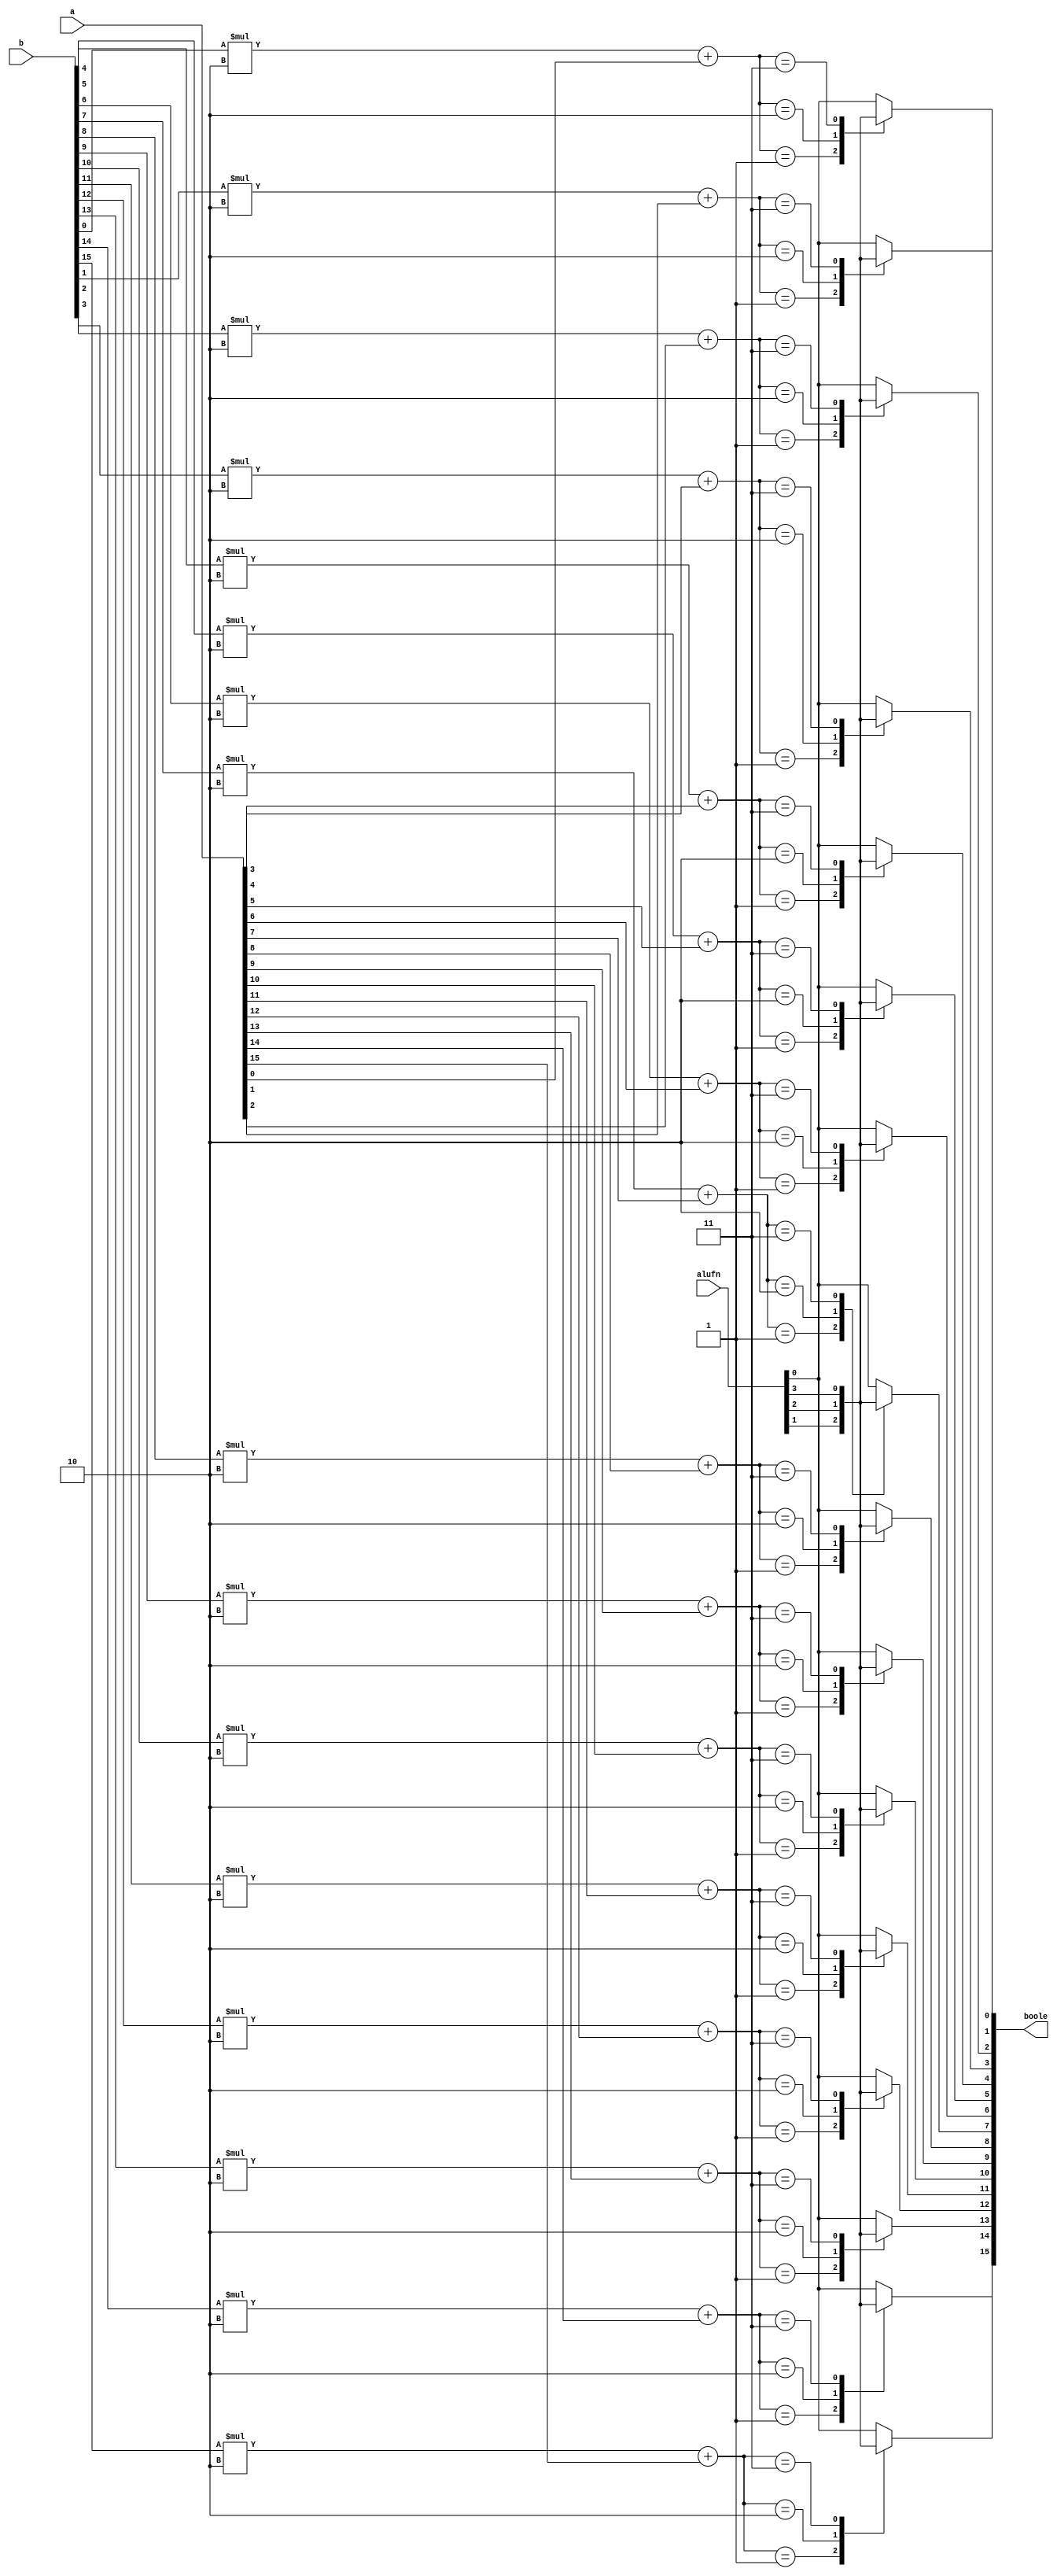
/*
   This file was generated automatically by the Mojo IDE version B1.3.6.
   Do not edit this file directly. Instead edit the original Lucid source.
   This is a temporary file and any changes made to it will be destroyed.
*/

module boolean_15 (
    input [5:0] alufn,
    input [15:0] a,
    input [15:0] b,
    output reg [15:0] boole
  );
  
  
  
  integer i;
  
  integer mulselector;
  
  always @* begin
    for (i = 1'h0; i < 5'h10; i = i + 1) begin
      mulselector = b[(i)*1+0-:1] * 2'h2 + a[(i)*1+0-:1];
      
      case (mulselector)
        2'h0: begin
          boole[(i)*1+0-:1] = alufn[0+0-:1];
        end
        2'h1: begin
          boole[(i)*1+0-:1] = alufn[1+0-:1];
        end
        2'h2: begin
          boole[(i)*1+0-:1] = alufn[2+0-:1];
        end
        2'h3: begin
          boole[(i)*1+0-:1] = alufn[3+0-:1];
        end
        default: begin
          boole[(i)*1+0-:1] = alufn[0+0-:1];
        end
      endcase
    end
  end
endmodule